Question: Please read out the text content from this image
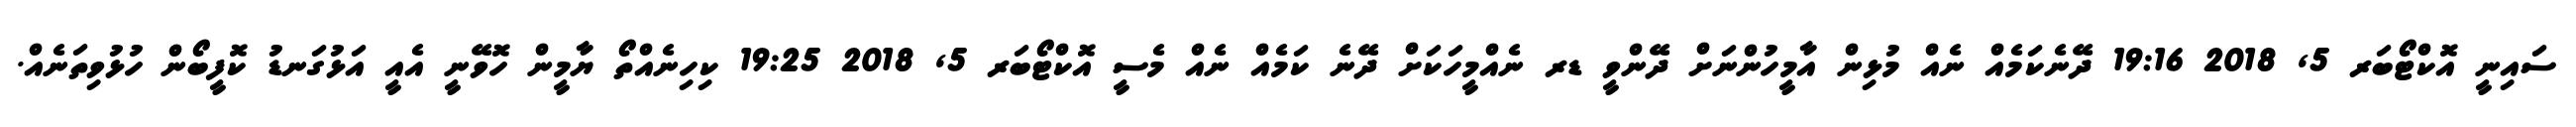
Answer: ސައިނީ އޮކްޓޯބަރ 5, 2018 19:16 ދޭނެކަމެއް ނެއް މުޅިން އާމީހުންނަށް ދޭންވީ ޑރ ނެއްމީހަކަށް ދޭނެ ކަމެއް ނެއް މެސީ އޮކްޓޯބަރ 5, 2018 19:25 ކިހިނެއްތޯ ޔާމީން ހޮވޭނީ އެއީ އަޅުގަނޑު ކޮފީބޯން ހުޅުވިތަނެއް.